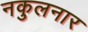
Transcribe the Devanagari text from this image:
नकुलनार